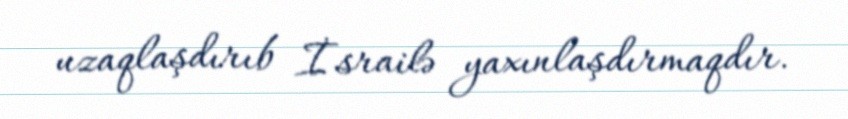
uzaqlaşdırıb İsrailə yaxınlaşdırmaqdır.